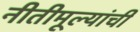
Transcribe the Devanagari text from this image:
नीतीमूल्यांची